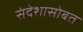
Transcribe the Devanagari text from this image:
संदेशासोबत